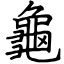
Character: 龜